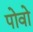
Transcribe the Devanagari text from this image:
पोवो